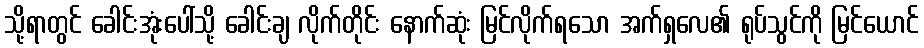
သို့ရာတွင် ခေါင်းအုံးပေါ်သို့ ခေါင်းချ လိုက်တိုင်း နောက်ဆုံး မြင်လိုက်ရသော အက်ရှလေ၏ ရုပ်သွင်ကို မြင်ယောင်